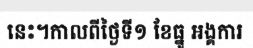
នេះ។កាលពីថ្ងៃទី១ ខែធ្នូ អង្គការ